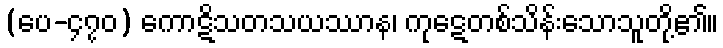
(ပေ-၄၇၀) ကောဋိသတသယဿာန၊ ကုဋေတစ်သိန်းသောသူတို့၏။